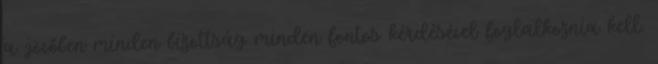
a jövőben minden bizottság minden fontos kérdésével foglalkoznia kell.